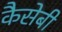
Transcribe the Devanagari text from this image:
कैसेबी